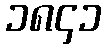
၁၈၄၁